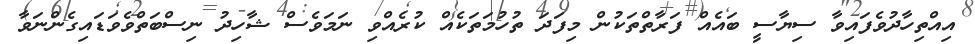
އިއްތިހާދުވެފައިވާ ސިޔާސީ ބައެއް ފަރާތްތަކުން މިފަދަ ތުހުމަތަކެއް ކުރެއްވި ނަމަވެސް ޝާހިދު ނިސްބަތްވެވަޑައިގެންނަވާ